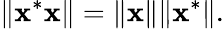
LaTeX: \| \mathbf{x}^{*}\mathbf{x}\| =\| \mathbf{x}\| \| \mathbf{x}^{*}\| .